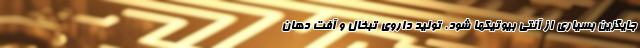
جایگزین بسیاری از آنتی بیوتیکها شود. تولید داروی تبخال و آفت دهان